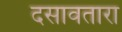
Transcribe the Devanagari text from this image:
दसावतारा